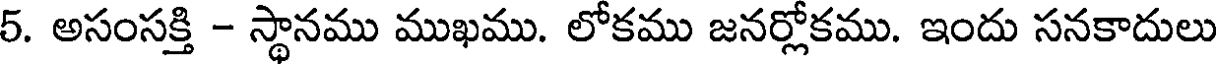
5. అసంసక్తి - స్థానము ముఖము. లోకము జనర్లోకము. ఇందు సనకాదులు